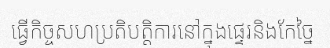
ធ្វើកិច្ចសហប្រតិបត្តិការនៅក្នុងផ្ទេរនិងកែច្នៃ